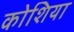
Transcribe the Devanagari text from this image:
कोशिया